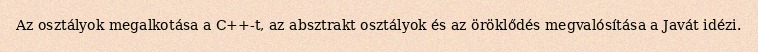
Az osztályok megalkotása a C++-t, az absztrakt osztályok és az öröklődés megvalósítása a Javát idézi.